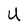
Character: U